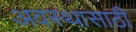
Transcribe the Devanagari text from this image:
अवस्थासाठी